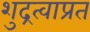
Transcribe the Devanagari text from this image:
शुद्रत्वाप्रत